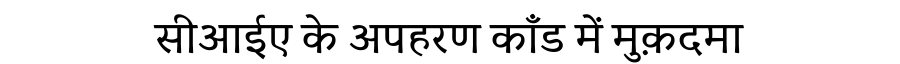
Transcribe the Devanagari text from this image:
सीआईए के अपहरण काँड में मुक़दमा